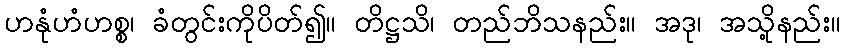
ဟနုံဟံဟစ္စ၊ ခံတွင်းကိုပိတ်၍။ တိဋ္ဌသိ၊ တည်ဘိသနည်း။ အဒု၊ အသို့နည်း။